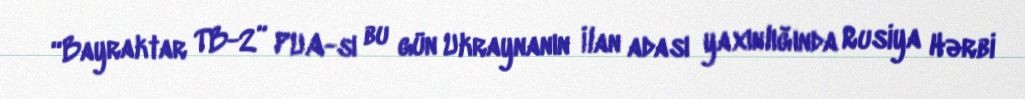
“Bayraktar TB-2” PUA-sı bu gün Ukraynanın İlan adası yaxınlığında Rusiya Hərbi